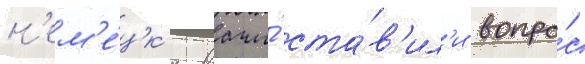
н'ем'е́цк'ие врачи́ ста́в'ил'и вопро́с